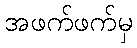
အဖက်ဖက်မှ